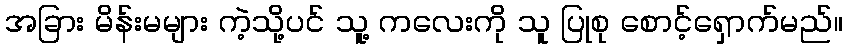
အခြား မိန်းမများ ကဲ့သို့ပင် သူ့ ကလေးကို သူ ပြုစု စောင့်ရှောက်မည်။